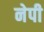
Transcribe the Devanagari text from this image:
नेपी